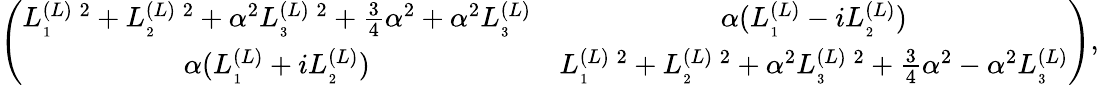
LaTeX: \left(\begin{array}{cc}{{L_{_{1}}^{(L)\; 2}+L_{_{2}}^{(L)\; 2}+\alpha^{2}L_{_{3}}^{(L)\; 2}+\frac{3}{4}\alpha^{2}+\alpha^{2}L_{_{3}}^{(L)}}}&{{\alpha(L_{_{1}}^{(L)}-iL_{_{2}}^{(L)})}}\\ {{\alpha(L_{_{1}}^{(L)}+iL_{_{2}}^{(L)})}}&{{L_{_{1}}^{(L)\; 2}+L_{_{2}}^{(L)\; 2}+\alpha^{2}L_{_{3}}^{(L)\; 2}+\frac{3}{4}\alpha^{2}-\alpha^{2}L_{_{3}}^{(L)}}}\end{array}\right),